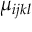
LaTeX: \mu _ { i j k l }